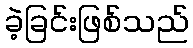
ခဲ့ခြင်းဖြစ်သည်